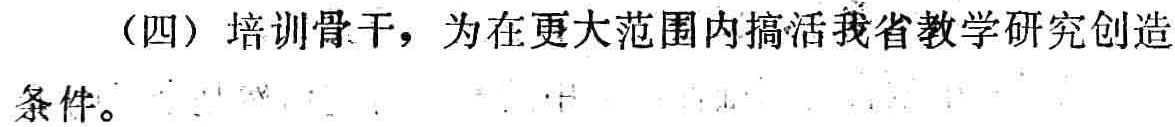
（四）培训骨干，为在更大范围内搞活我省教学研究创造条件。